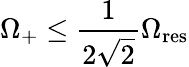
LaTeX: \Omega_{+}\leq\frac{1}{2\sqrt{2}}\Omega_{\mathrm{res}}